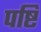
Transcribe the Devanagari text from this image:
पष्टि